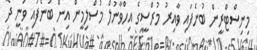
މިނިސްޓްރީން ބުނެފައި ވާއިރު މުރްސީގެ އިހްވާނުލް މުސްލިމީން އިން ބުނެފައި ވަނީ ދެ